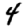
Digit: 4